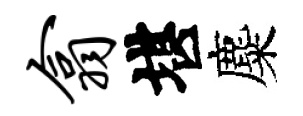
翕堪麋